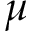
\mu